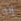
إنه